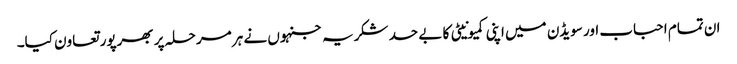
ان تمام احباب اور سویڈن میں اپنی کمیونیٹی کا بے حد شکریہ جنہوں نے ہر مرحلہ پر بھرپور تعاون کیا۔